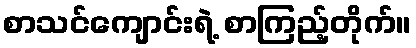
စာသင်ကျောင်းရဲ့ စာကြည့်တိုက်။